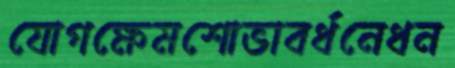
যোগক্ষেমশোভাবর্ধনেধন